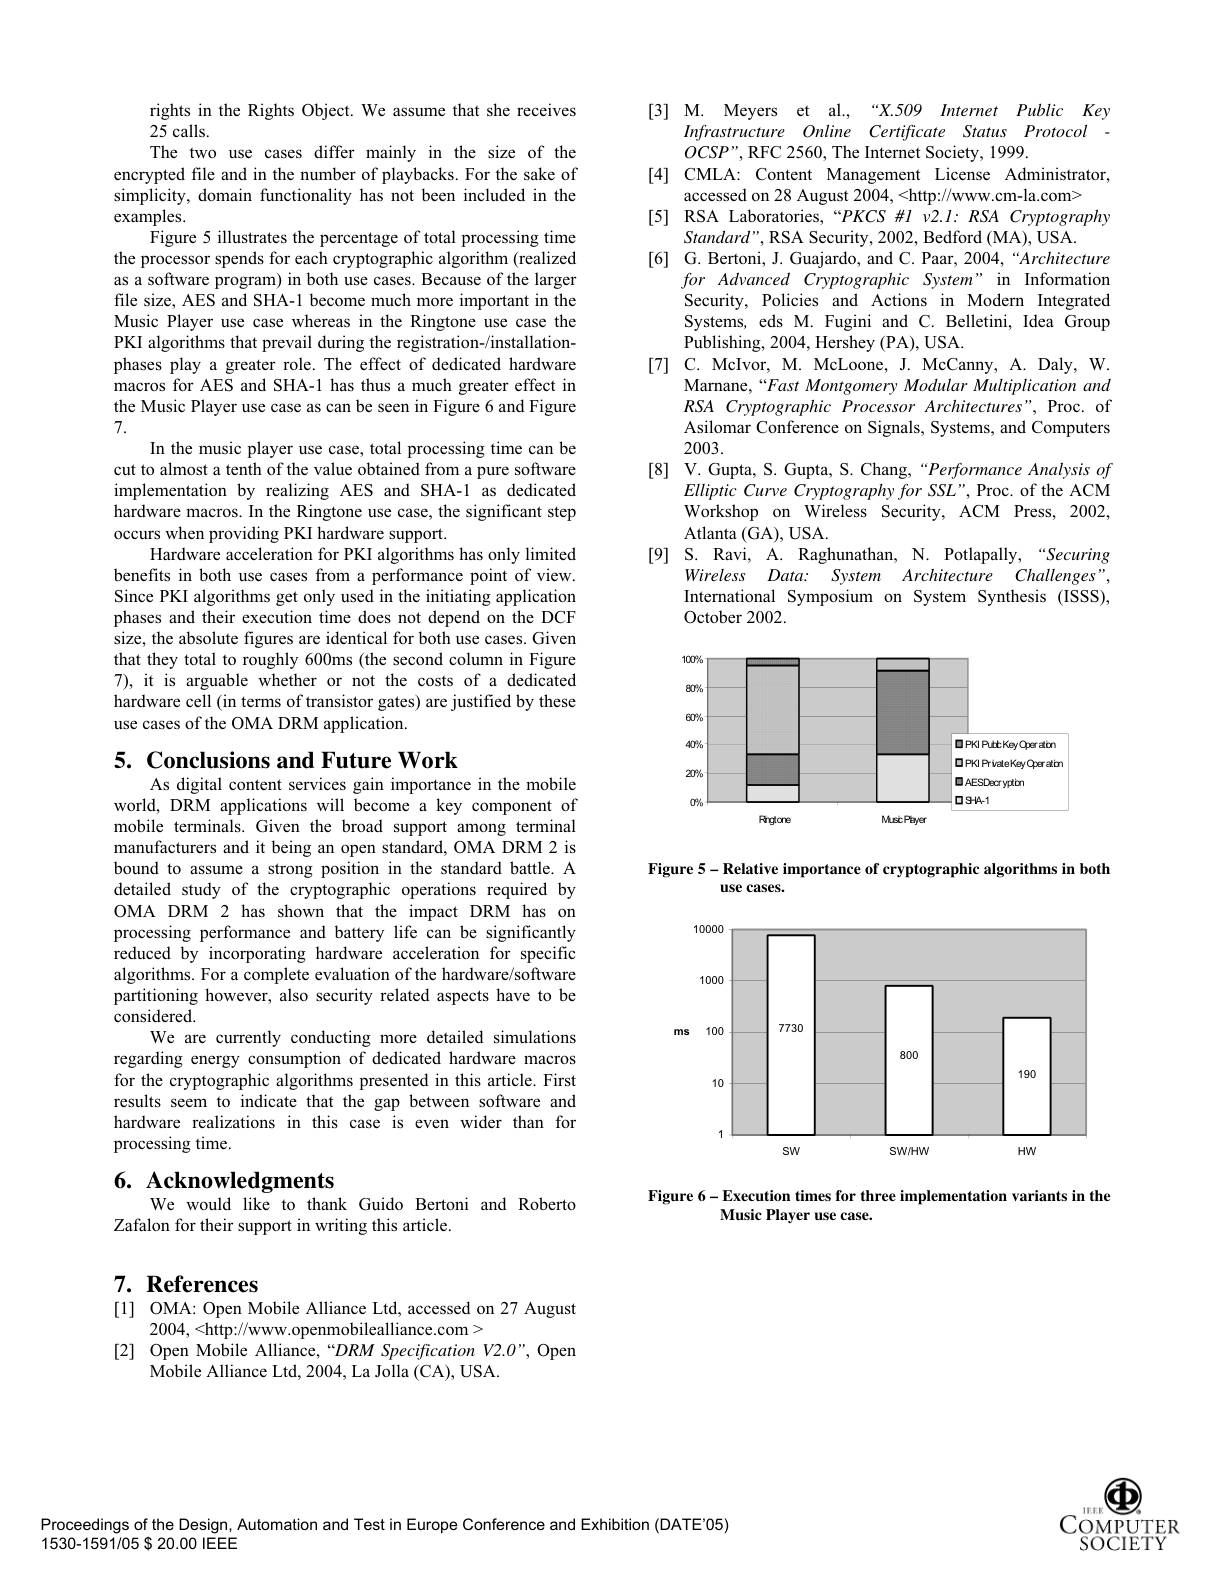
rights in the Rights Object. We assume that she receives
25 calls.
The two use cases differ mainly in the size of the encrypted file and in the number of playbacks. For the sake of simplicity, domain functionality has not been included in the examples.
Figure 5 illustrates the percentage of total processing time the processor spends for each cryptographic algorithm (realized as a software program) in both use cases. Because of the larger file size, AES and SHA-1 become much more important in the Music Player use case whereas in the Ringtone use case the PKI algorithms that prevail during the registration-/installationphases play a greater role. The effect of dedicated hardware macros for AES and SHA-1 has thus a much greater effect in the Music Player use case as can be seen in Figure 6 and Figure 7.
In the music player use case, total processing time can be cut to almost a tenth of the value obtained from a pure software implementation by realizing AES and SHA-1 as dedicated hardware macros. In the Ringtone use case, the significant step occurs when providing PKI hardware support.
Hardware acceleration for PKI algorithms has only limited benefits in both use cases from a performance point of view. Since PKI algorithms get only used in the initiating application phases and their execution time does not depend on the DCF size, the absolute figures are identical for both use cases. Given that they total to roughly 600ms (the second column in Figure 7), it is arguable whether or not the costs of a dedicated hardware cell (in terms of transistor gates) are justified by these use cases of the OMA DRM application.

5. Conclusions and Future Work
As digital content services gain importance in the mobile

world, DRM applications will become a key component of mobile terminals. Given the broad support among terminal manufacturers and it being an open standard, OMA DRM 2 is bound to assume a strong position in the standard battle. A detailed study of the cryptographic operations required by OMA DRM 2 has shown that the impact DRM has on processing performance and battery life can be significantly reduced by incorporating hardware acceleration for specific algorithms. For a complete evaluation of the hardware/software partitioning however, also security related aspects have to be considered.
We are currently conducting more detailed simulations regarding energy consumption of dedicated hardware macros for the cryptographic algorithms presented in this article. First results seem to indicate that the gap between software and hardware realizations in this case is even wider than for processing time.

# 6. Acknowledgments

We would like to thank Guido Bertoni and Roberto
Zafalon for their support in writing this article.

## 7. References

[1] OMA: Open Mobile Alliance Ltd, accessed on 27 August
2004,<http://www.openmobilealliance.com>
[2] Open Mobile Alliance,“DRM Specification V2.0”, Open
Mobile Alliance Ltd, 2004, La Jolla (CA), USA.

[3] M. Meyers et al.,“X.509 Internet Public Key
Infrastructure Online Certificate Status Protocol
$OCSP”$,RFC 2560, The Internet Society, 1999.
[4] CMLA: Content Management License Administrator,
accessed on 28 August 2004, <http://www.cm-la.com>
[5] RSA Laboratories,“PKCS #I v2.I: RSA Cryptography
Standard", RSA Security, 2002, Bedford (MA), USA.
[6] G. Bertoni, J. Guajardo, and C. Paar, 2004,“Architecture
forAdvancedCryptographic $System” in$ Information Security, Policies and Actions in Modern Integrated Systems, eds M. Fugini and C. Belletini, Idea Group Publishing, 2004, Hershey ( PA) , USA.
[7] C. McIvor, M. McLoone, J. McCanny, A. Daly, W.
Marnane,“Fast Montgomery Modular Multiplication and $RSACryptographicProcessorArchitectures"$,Proc. of Asilomar Conference on Signals, Systems, and Computers 2003.
[8] V. Gupta, S. Gupta, S. Chang,“Performance Analysis of
Elliptic Curve Cryptography for SSL", Proc. of the ACM Workshop on Wireless Security, ACM Press, 2002, Atlanta (GA), USA.
[9] S. Ravi, A. Raghunathan, N. Potlapally,“Securing
Wireless Data: System Architecture Challenges International Symposium on System Synthesis (ISSS), October 2002.

<FigureHere>

Figure 5-Relative importance of cryptographic algorithms in both
use cases.

<FigureHere>

Figure 6-Execution times for three implementation variants in the
Music Player use case.

$1EEF$
COMPUTER SOCIETY

Proceedings of the Design, Automation and Test in Europe Conference and Exhibition (DATE'05)
$1530-1591/05\$20.00$ IEEE